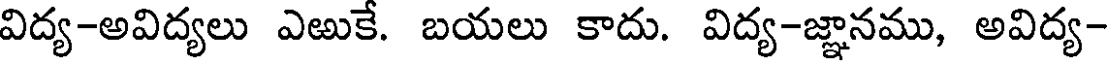
విద్య-అవిద్యలు ఎఱుకే. బయలు కాదు. విద్య-జ్ఞానము, అవిద్య-